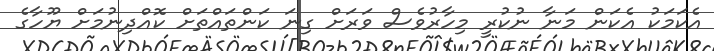
އެކަމަކު އެކަން މަނާ ނުކުރީ މިހާރުވެސް ވަރަށް ގިނަ ކަންތައްތަށް ކޮއްދިނުމަށް ޔޫހާގެ